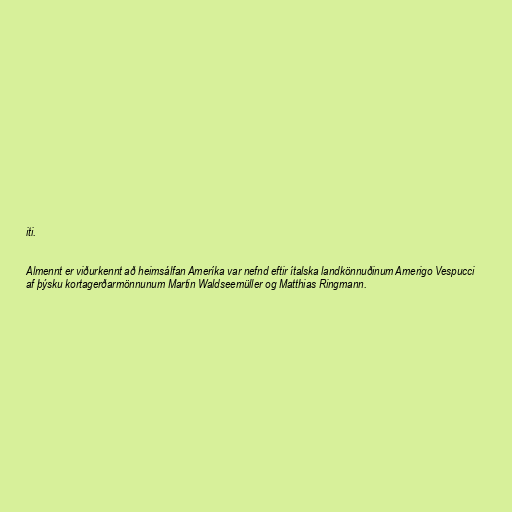
iti.

Almennt er viðurkennt að heimsálfan Ameríka var nefnd eftir ítalska landkönnuðinum Amerigo Vespucci
af þýsku kortagerðarmönnunum Martin Waldseemüller og Matthias Ringmann.